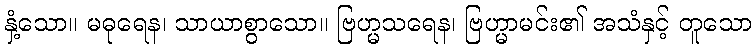
နှံ့သော။ မဓုရေန၊ သာယာစွာသော။ ဗြဟ္မသရေန၊ ဗြဟ္မာမင်း၏ အသံနှင့် တူသော